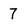
Character: 7